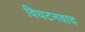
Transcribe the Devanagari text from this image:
विघटनवाद